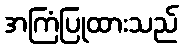
အကြံပြုထားသည်